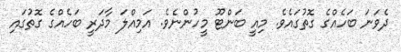
ދެވަނަ ބަހެއްގެ ގޮތުގައެވެ. މިއީ ބަންޓޫ މީހުންނެވެ. އަމިއްލަ މާދަރީ ބަހެއްގެ ގޮތުގައި